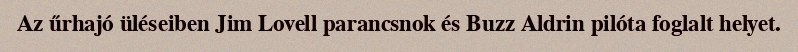
Az űrhajó üléseiben Jim Lovell parancsnok és Buzz Aldrin pilóta foglalt helyet.